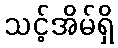
သင့်အိမ်ရှိ